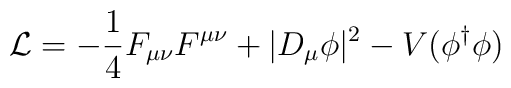
{\mathcal L}= -\frac{1}{4} F_{\mu\nu}F^{\mu \nu}+ \vert D_\mu \phi\vert^2 -V(\phi^\dagger \phi)